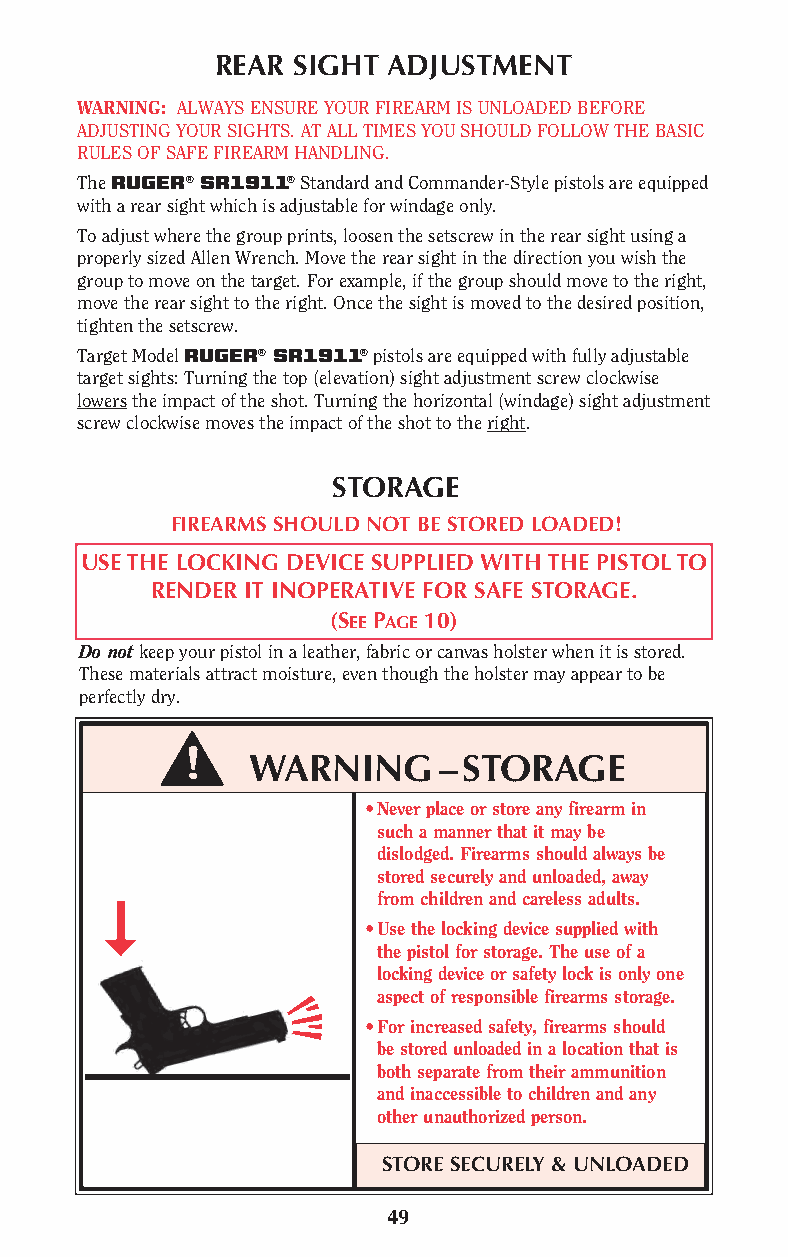
REAR SIGHT  ADJUSTMENT
 WARNING: ALWAYS ENSURE YOUR FIREARM IS UNLOADED BEFORE
 ADJUSTING YOUR SIGHTS. AT ALL TIMES YOU SHOULD FOLLOW THE BASIC
 RULES OF SAFE FIREARM HANDLING.
 The RUGER® SR1911® Standard and Commander-Style pistols are equipped
 with a rear sight which is adjustable for windage only.
 To adjust where the group prints, loosen the setscrew in the rear sight using a
 properly sized Allen Wrench. Move the rear sight in the direction you wish the
 group to move on the target. For example, if the group should move to the right,
 move the rear sight to the right. Once the sight is moved to the desired position,
 tighten the setscrew.
 Target Model RUGER® SR1911® pistols are equipped with fully adjustable
 target sights: Turning the top (elevation) sight adjustment screw clockwise
 lowers the impact of the shot. Turning the horizontal (windage) sight adjustment
 screw clockwise moves the impact of the shot to the right.
 STORAGE
 FIREARMS SHOULD NOT BE STORED LOADED!
 USE THE LOCKING DEVICE SUPPLIED WITH THE PISTOL TO
 RENDER IT INOPERATIVE FOR SAFE STORAGE.
 (SEE PAGE 10)
 Do not keep your pistol in a leather, fabric or canvas holster when it is stored.
 These materials attract moisture, even though the holster may appear to be
 perfectly dry.
 WARNING      –STORAGE
 •Never place or store any firearm in
 such a manner that it may be
 dislodged. Firearms should always be
 stored securely and unloaded, away
 from children and careless adults.
 •Use the locking device supplied with
 the pistol for storage. The use of a
 locking device or safety lock is only one
 aspect of responsible firearms storage.
 •For increased safety, firearms should
 be stored unloaded in a location that is
 both separate from their ammunition
 and inaccessible to children and any
 other unauthorized person.
 STORE SECURELY & UNLOADED
 49